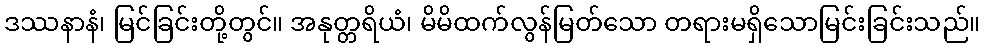
ဒဿနာနံ၊ မြင်ခြင်းတို့တွင်။ အနုတ္တရိယံ၊ မိမိထက်လွန်မြတ်သော တရားမရှိသောမြင်းခြင်းသည်။